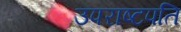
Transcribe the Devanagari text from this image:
उपराष्टपति